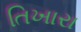
તિખારા